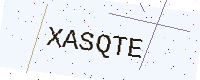
Text: XASQTE